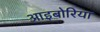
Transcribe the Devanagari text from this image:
आइबोरिया